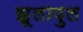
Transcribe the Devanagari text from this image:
झूलापुल